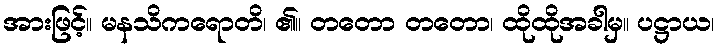
အားဖြင့်။ မနသိကရောတိ၊ ၏။ တတော တတော၊ ထိုထိုအခါမှ။ ပဋ္ဌာယ၊